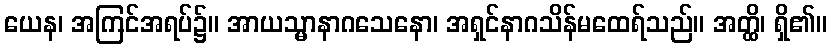
ယေန၊ အကြင်အရပ်၌။ အာယသ္မာနာဂသေနော၊ အရှင်နာဂသိန်မထေရ်သည်။ အတ္ထိ၊ ရှိ၏။